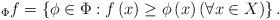
LaTeX: \begin{align*}_{\Phi}f=\left\{ \phi\in\Phi:f\left(x\right)\geq\phi\left(x\right) \left(\forall x\in X\right)\right\} .\end{align*}